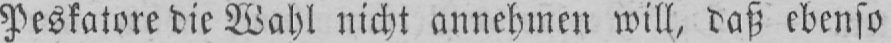
Peskatore die Wahl nicht annehmen will, daß ebenso